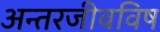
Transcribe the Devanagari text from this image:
अन्तरजीवविष